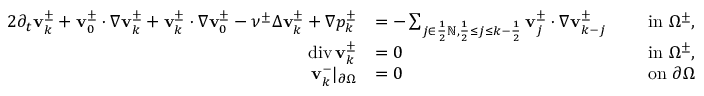
\begin{array} { r l r l } { { 2 } \partial _ { t } \mathbf { v } _ { k } ^ { \pm } + \mathbf { v } _ { 0 } ^ { \pm } \cdot \nabla \mathbf { v } _ { k } ^ { \pm } + \mathbf { v } _ { k } ^ { \pm } \cdot \nabla \mathbf { v } _ { 0 } ^ { \pm } - \nu ^ { \pm } \Delta \mathbf { v } _ { k } ^ { \pm } + \nabla p _ { k } ^ { \pm } } & { = - \sum _ { j \in \frac 1 2 \ensuremath { \mathbb { N } } , \frac 1 2 \leq j \leq k - \frac 1 2 } \mathbf { v } _ { j } ^ { \pm } \cdot \nabla \mathbf { v } _ { k - j } ^ { \pm } } & { \ } & { \mathrm { i n ~ } \Omega ^ { \pm } , } \\ { \operatorname { d i v } \mathbf { v } _ { k } ^ { \pm } } & { = 0 } & { \ } & { \mathrm { i n ~ } \Omega ^ { \pm } , } \\ { { \mathbf { v } _ { k } ^ { - } | _ { \partial \Omega } } } & { = 0 } & { \ } & { \mathrm { o n ~ } \partial \Omega } \end{array}